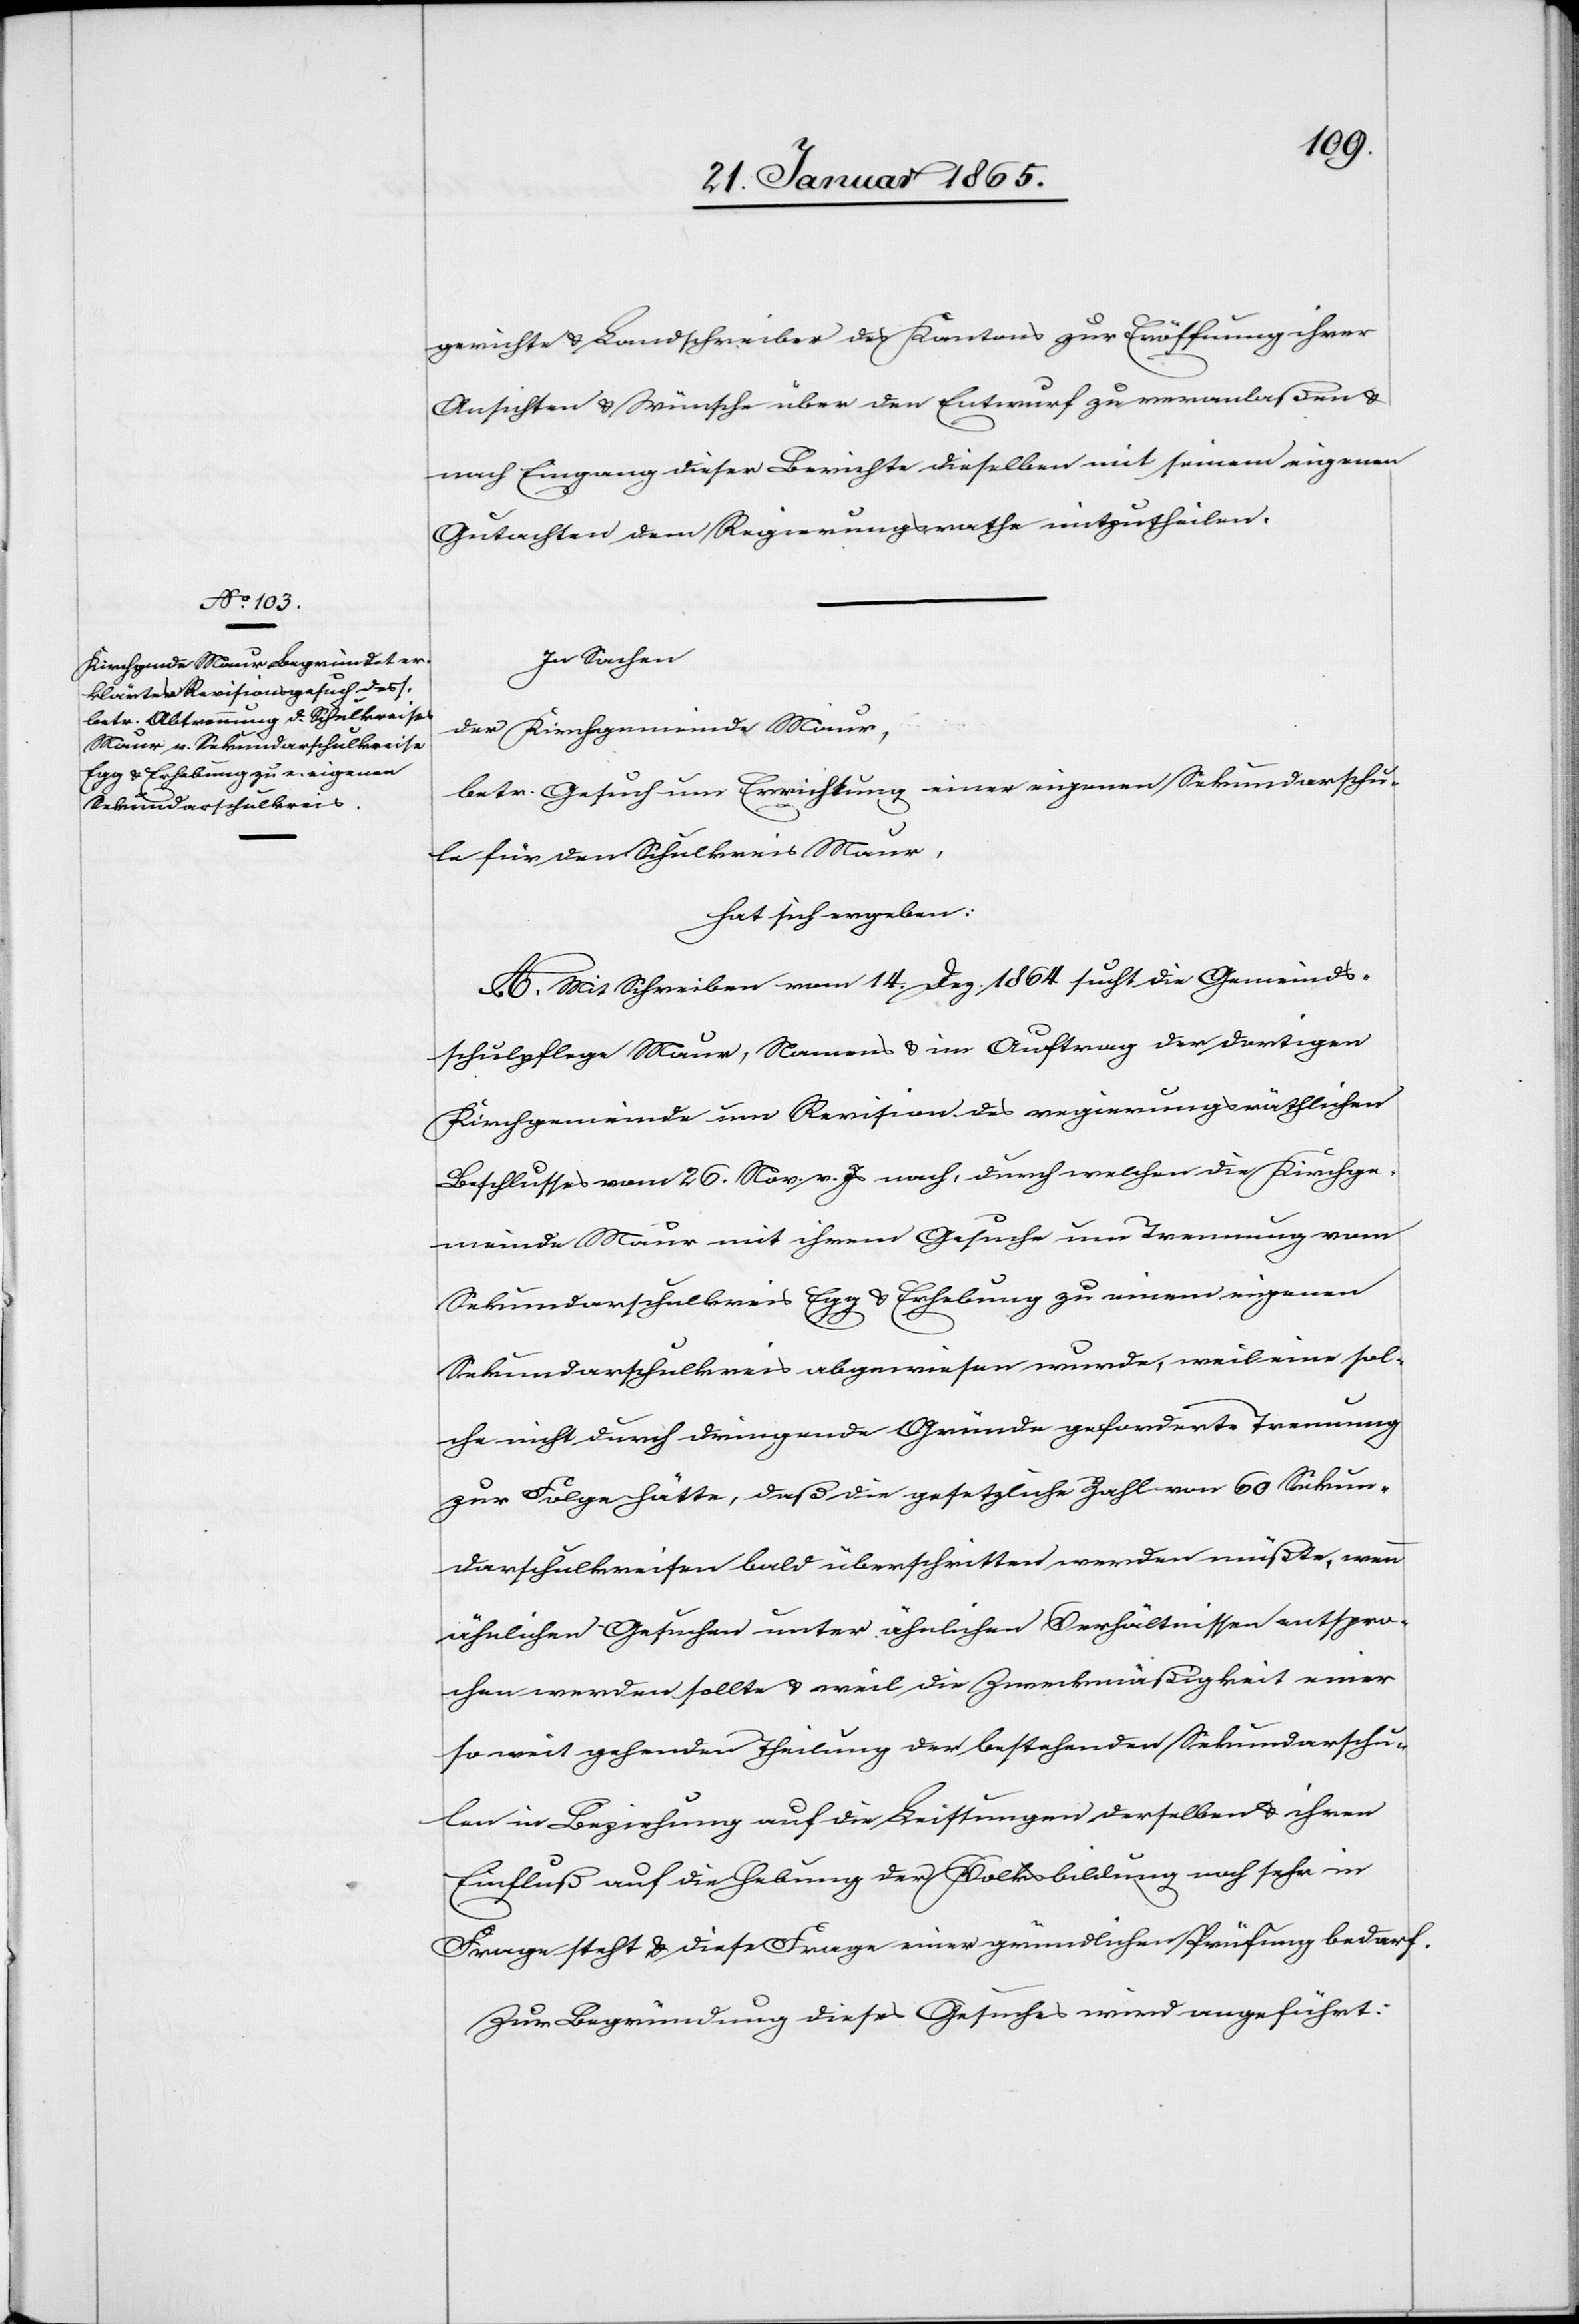
gerichte u. Landschreiber des Kantons zur Eröffnung ihrer
Ansichten u. Wünsche über den Entwurf zu veranlaßen u.
nach Eingang dieser Berichte dieselben mit seinem eigenen
Gutachten dem Regierungsrathe mitzutheilen.
In Sachen
der Kirchgemeinde Maur,
betr. Gesuch um Errichtung einer eigenen Sekundarschu¬
le für den Schulkreis Maur,
hat sich ergeben:
A. Mit Schreiben vom 14. Dez. 1864 sucht die Gemeinds¬
schulpflege Maur, Namens u. im Auftrag der dortigen
Kirchgemeinde um Revision des regierungsräthlichen
Beschlusses vom 26. Nov. v. J. nach, durch welchen die Kirchge¬
meinde Maur mit ihrem Gesuche um Trennung vom
Sekundarschulkreis Egg u. Erhebung zu einem eigenen
Sekundarschulkreis abgewiesen wurde, weil eine sol¬
che nicht durch dringende Gründe geforderte Trennung
zur Folge hätte, daß die gesetzliche Zahl von 60 Sekun¬
darschulkreisen bald überschritten werden müßte, wenn
ähnlichen Gesuchen unter ähnlichen Verhältnissen entspro¬
chen werden sollte u. weil die Zweckmäßigkeit einer
soweit gehenden Theilung der bestehenden Sekundarschu¬
len in Beziehung auf die Leistungen derselben u. ihren
Einfluß auf die Hebung der Volksbildung noch sehr in
Frage steht u. diese Frage einer gründlichen Prüfung bedarf.
Zur Begründung dieses Gesuches wurde angeführt: